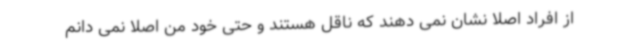
از افراد اصلا نشان نمی دهند که ناقل هستند و حتی خود من اصلا نمی دانم